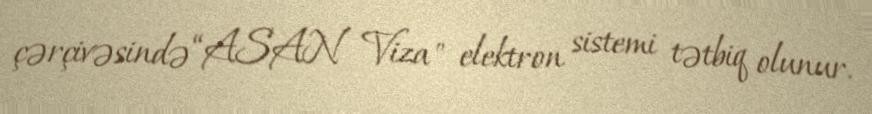
çərçivəsində “ASAN Viza" elektron sistemi tətbiq olunur.